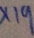
\times 1 9